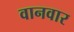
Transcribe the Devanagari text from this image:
वानवार